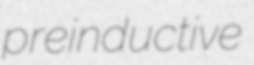
preinductive